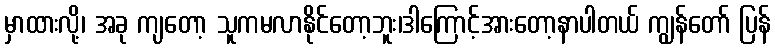
မှာထားလို့၊ အခု ကျတော့ သူကမလာနိုင်တော့ဘူး၊ဒါကြောင့်အားတော့နာပါတယ် ကျွန်တော် ပြန်